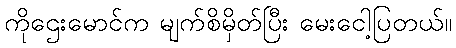
ကိုဌေးမောင်က မျက်စိမှိတ်ပြီး မေးငေါ့ပြတယ်။